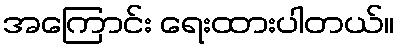
အကြောင်း ရေးထားပါတယ်။